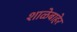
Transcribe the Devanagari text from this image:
शाळेबाहेर